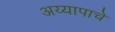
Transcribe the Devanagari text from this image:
अय्यापाचे